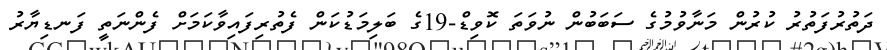
ދަތުރުފަތުރު ކުރުން މަނާވުމުގެ ސަބަބުން ނުވަތަ ކޮވިޑް-19ގެ ބަލިމަޑުކަން ފެތުރިފައިވާކަމަށް ފެންނަތީ ފަނޑިޔާރު